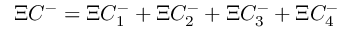
\Xi C ^ { - } = \Xi C _ { 1 } ^ { - } + \Xi C _ { 2 } ^ { - } + \Xi C _ { 3 } ^ { - } + \Xi C _ { 4 } ^ { - }